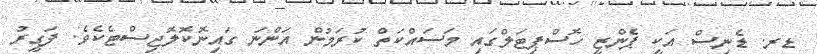
ޑރ. ޑެނިސް އަކީ ޕެންޒީ ހޮސްޕިޓަލްގައި މަސައްކަތް ކުރަމުން އަންނަ ގައިނޮކޮލޮޖިސްޓެކެވެ. ފަގީރު